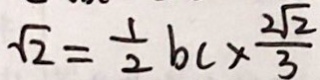
\sqrt { 2 } = \frac { 1 } { 2 } b c \times \frac { 2 \sqrt { 2 } } { 3 }